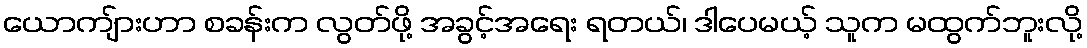
ယောကျ်ားဟာ စခန်းက လွတ်ဖို့ အခွင့်အရေး ရတယ်၊ ဒါပေမယ့် သူက မထွက်ဘူးလို့